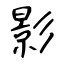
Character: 影